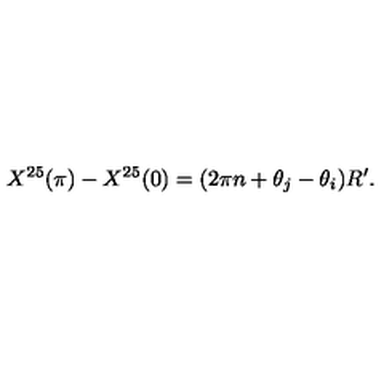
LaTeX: X ^ { 2 5 } ( \pi ) - X ^ { 2 5 } ( 0 ) = ( 2 \pi n + \theta _ { j } - \theta _ { i } ) R ^ { \prime } .